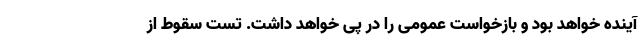
آینده خواهد بود و بازخواست عمومی را در پی خواهد داشت. تست سقوط از